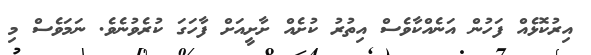
އިރުކޮޅެއް ފަހުން އަނެއްކާވެސް އިތުރު ކުށެއް ށާށީއަށް ފާހަގަ ކުރެވުނެވެ. ނަމަވެސް މި